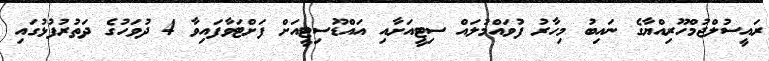
ރައީސުލްޖުމްހޫރިއްޔާގެ ނައިބު މިހާރު ފުވައްމުލައް ސިޓީއަށާއި އައްޑޫސިޓީއަށް ފަށްޓަވާފައިވާ 4 ދުވަހުގެ ދަތުރުފުޅުގައި